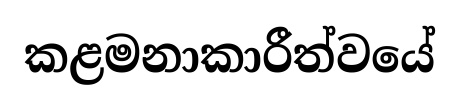
කළමනාකාරීත්වයේ